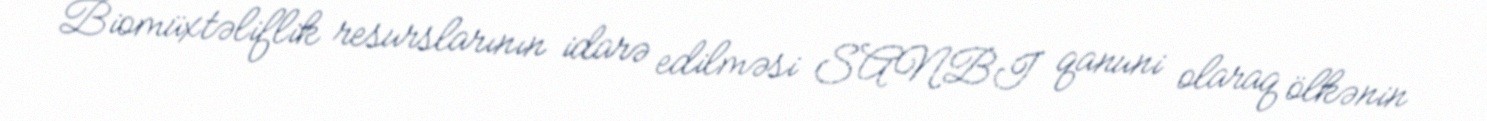
Biomüxtəliflik resurslarının idarə edilməsi SANBI qanuni olaraq ölkənin